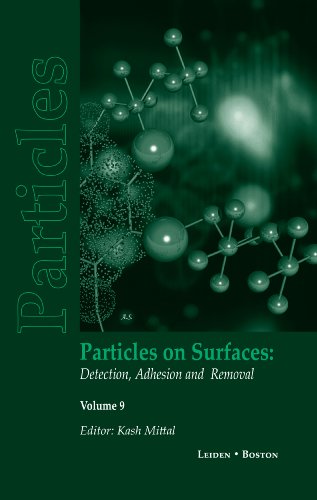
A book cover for Particles on Surfaces: Detection, Adhesion and Removal, Volume 9 (v. 9); Engineering & Transportation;